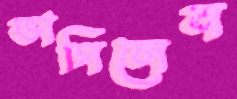
ভাগিলেন